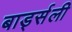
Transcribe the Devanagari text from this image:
बार्ड्सली